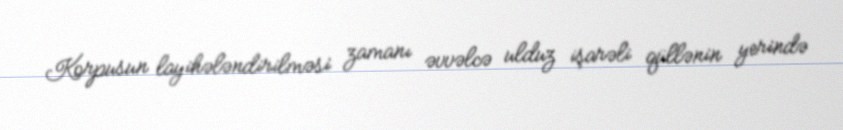
Korpusun layihələndirilməsi zamanı əvvəlcə ulduz işarəli qüllənin yerində